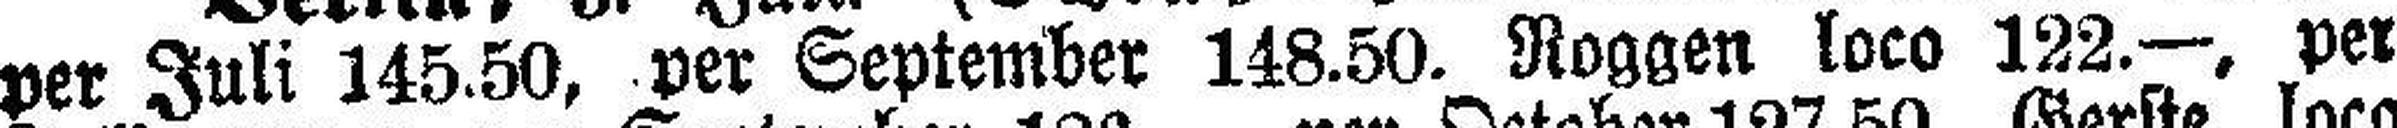
per Juli 145.50, per September 148.50. Roggen loco 122.—, per